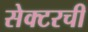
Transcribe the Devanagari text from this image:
सेक्टरची